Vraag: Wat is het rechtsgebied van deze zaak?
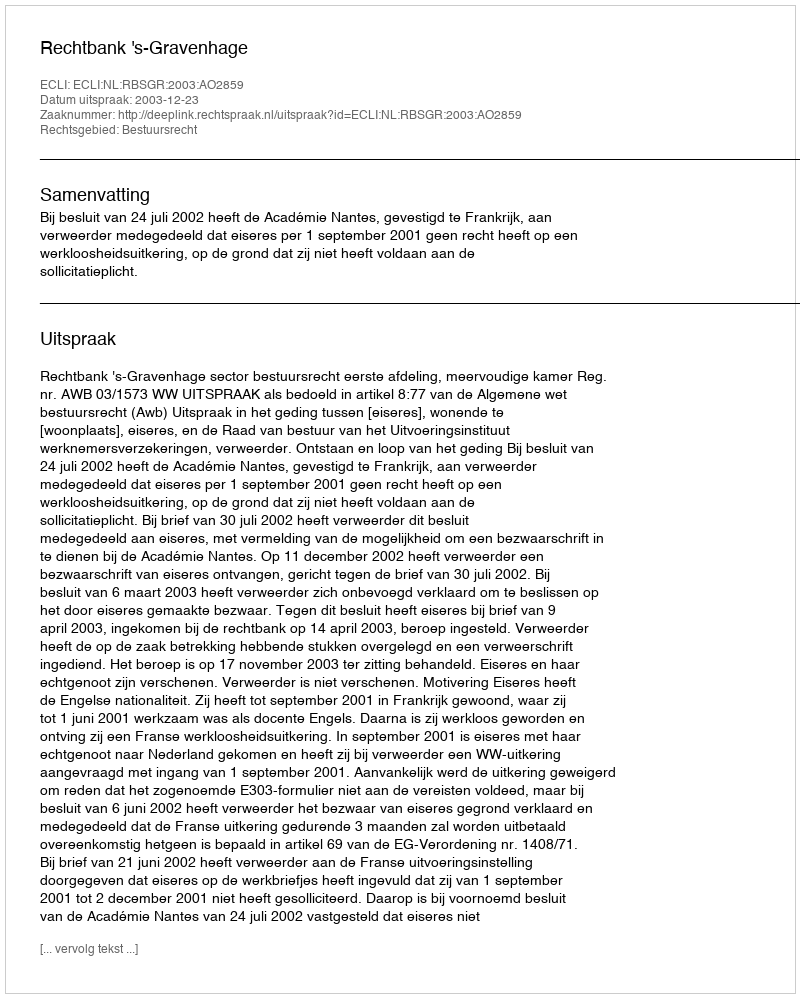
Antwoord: Bestuursrecht